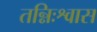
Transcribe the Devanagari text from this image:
तन्निःश्वास